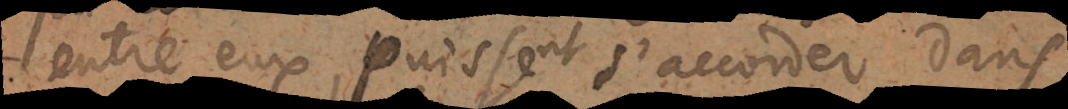
entre eux, puissent s’accorder dans